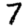
Digit: 7